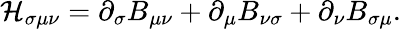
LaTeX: \mathcal{H}_{\sigma\mu\nu}=\partial_{\sigma}B_{\mu\nu}+\partial_{\mu}B_{\nu\sigma}+\partial_{\nu}B_{\sigma\mu}.